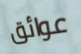
عوائق